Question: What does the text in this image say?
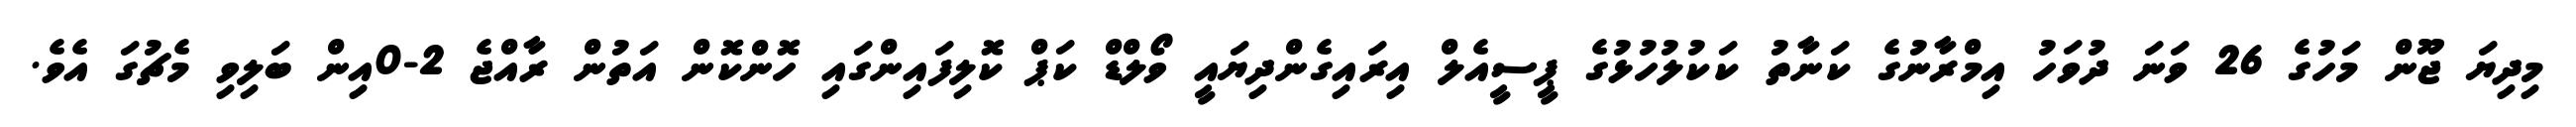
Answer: މިދިޔަ ޖޫން މަހުގެ 26 ވަނަ ދުވަހު އިމްރާނުގެ ކަނާތު ކަކުލުހުޅުގެ ޕީސީއެލް އިރައިގެންދިޔައީ ވޯލްޑް ކަޕް ކޮލިފައިންގައި ހޮންކޮން އަތުން ރާއްޖެ 2-0އިން ބަލިވި މެޗުގަ އެވެ.